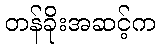
တန်ခိုးအဆင့်က